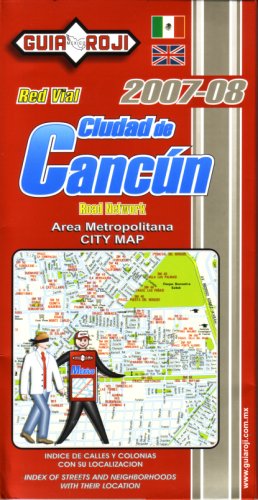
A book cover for "Ciudad de Cancun" City Map by Guia Roji (English and Spanish Edition); Guia Roji; Travel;